Trukikaitis_Postimees, lk 61
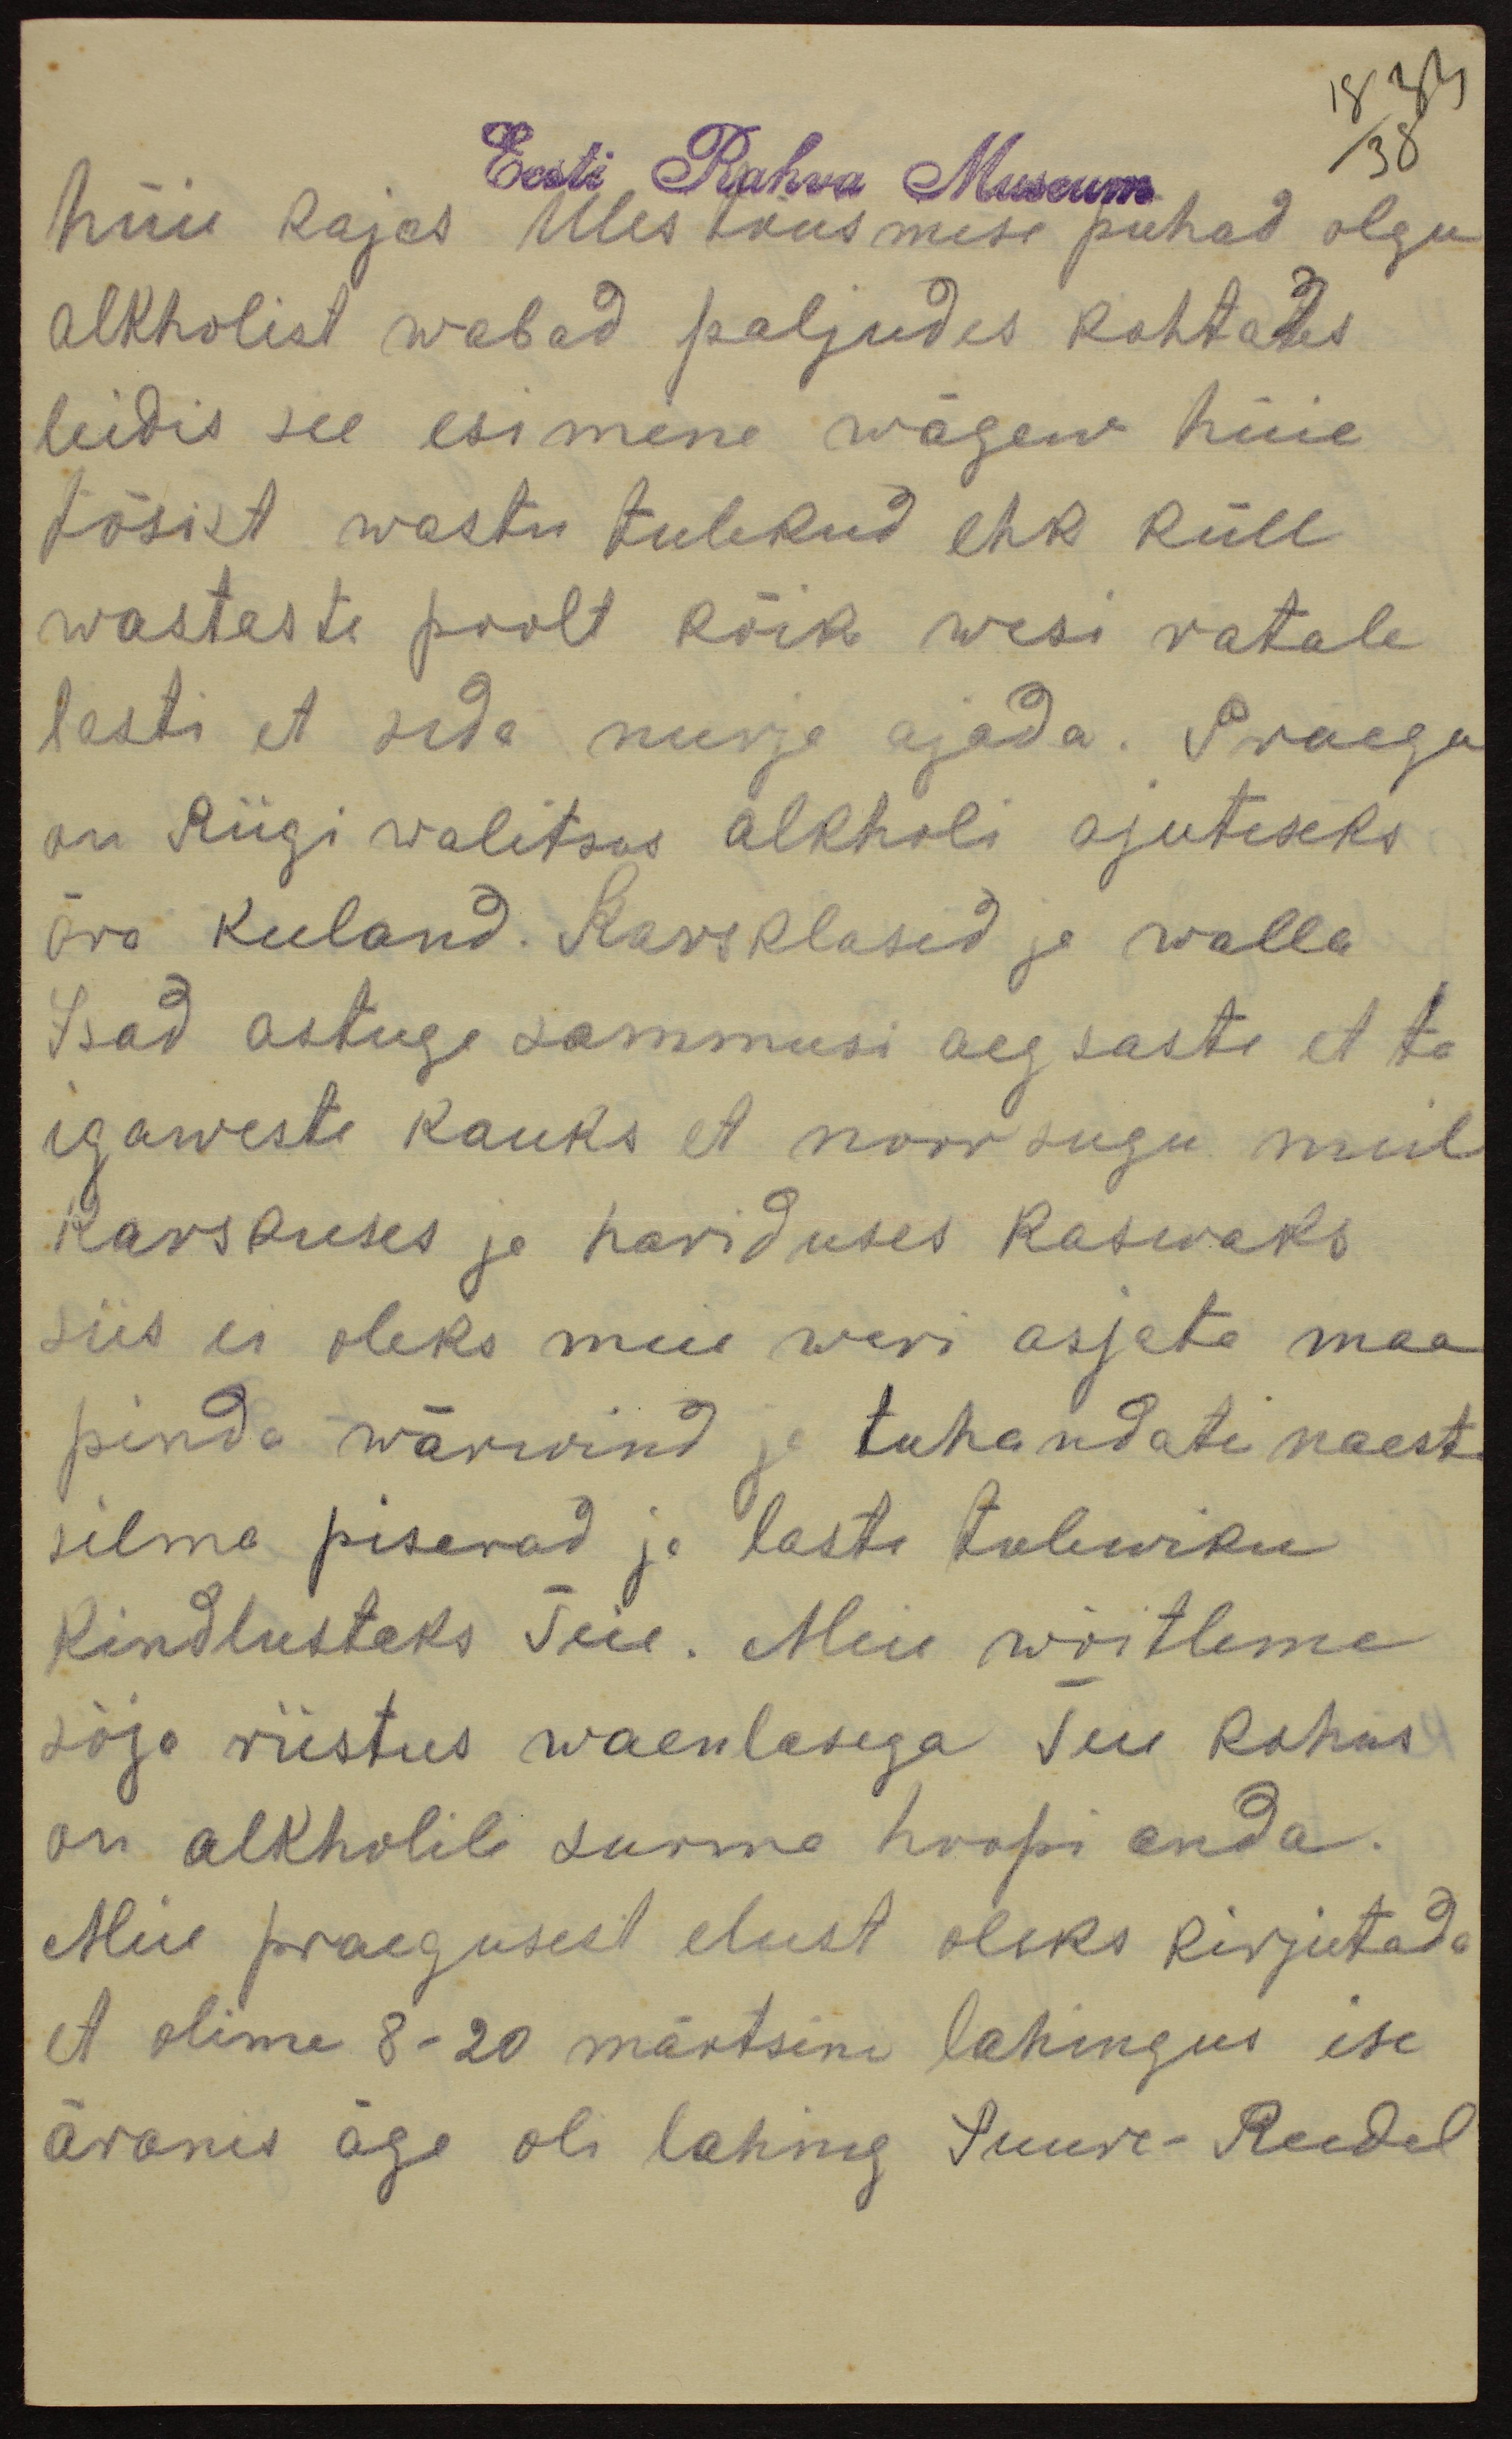
18 33
38

Eesti Rahva Museum
hüie kajas Ulestõusmise pühad olgu
alkholist wabad paljudes kohtates
leidis see esimene wägew hüie
tõsist wastu tulekud ehk küll
wastaste poolt kõik wesi ratale
lasti et seda nurja ajada. Praegu
on Riigi walitsus alkholi ajutiseks
ära keeland. Karsklased ja walla
Isad astuge sammusi aegsaste et ta
igaweste kauks et noorsugu meil
karskuses ja hariduses kaswaks
siis ei oleks meie weri asjata maa
pinda wärwind ja tuhandate naeste
silma pisarad ja laste tulewiku
kindlusteks Teie. Meie wõitleme
sõja riistus waenlasega Teie kohus
on alkholile surma hoopi anda.
Meie praegusest elust oleks kirjutada
et olime 8-20 märtsini lahingus ise
äranis äge oli lahing Suure-Reedel